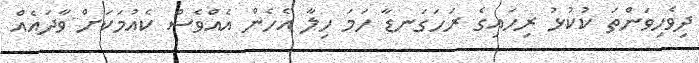
ދިވެހިވަންތަ ކުކުޅު ރިހައިގެ ރަހަގަނޑާ ހަމަ ހިލާ އެހެން އެއްވެސް ކެއުމަކަށް ވާދައެއް